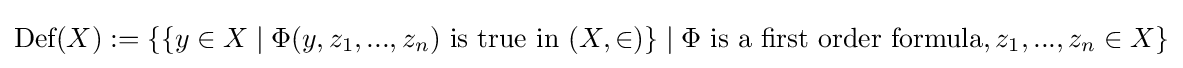
{\textrm {Def}}(X):=\{\{y\in X\mid \Phi (y,z_{1},...,z_{n}){\text{ is true in }}(X,\in )\}\mid \Phi {\text{ is a first order formula}},z_{1},...,z_{n}\in X\}